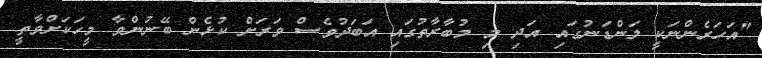
"އަހަރެންނަކީ ލަންޑަނުގައި އަދި މި މުބާރާތުގައި އަބަދުވެސް ވަރަށް ކުޅެން ބޭނުންވާ މީހަކަށްވާތީ